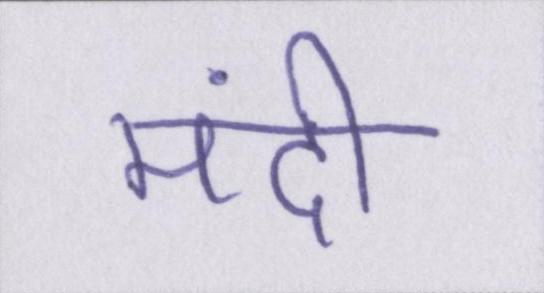
मंदी